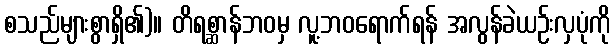
စသည်များစွာရှိ၏)။ တိရစ္ဆာန်ဘဝမှ လူ့ဘဝရောက်ရန် အလွန်ခဲယဉ်းလှပုံကို